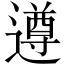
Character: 遵